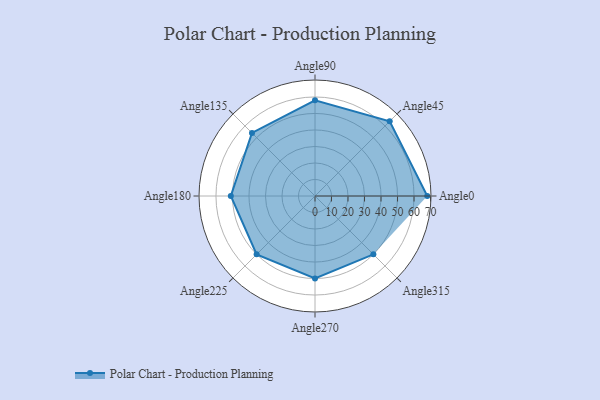
{"axis": {"x": "Angle", "y": "Radius"}, "legend": [""], "data": [{"x": "Angle0", "y": 68.0, "type": ""}, {"x": "Angle45", "y": 64.0, "type": ""}, {"x": "Angle90", "y": 58.0, "type": ""}, {"x": "Angle135", "y": 54.0, "type": ""}, {"x": "Angle180", "y": 51.0, "type": ""}, {"x": "Angle225", "y": 50, "type": ""}, {"x": "Angle270", "y": 50, "type": ""}, {"x": "Angle315", "y": 50, "type": ""}]}